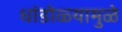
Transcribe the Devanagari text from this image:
धांडोळ्यामुळे